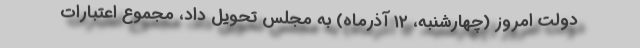
دولت امروز (چهارشنبه، ۱۲ آذرماه) به مجلس تحویل داد، مجموع اعتبارات